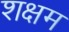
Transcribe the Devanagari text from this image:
शक्षम